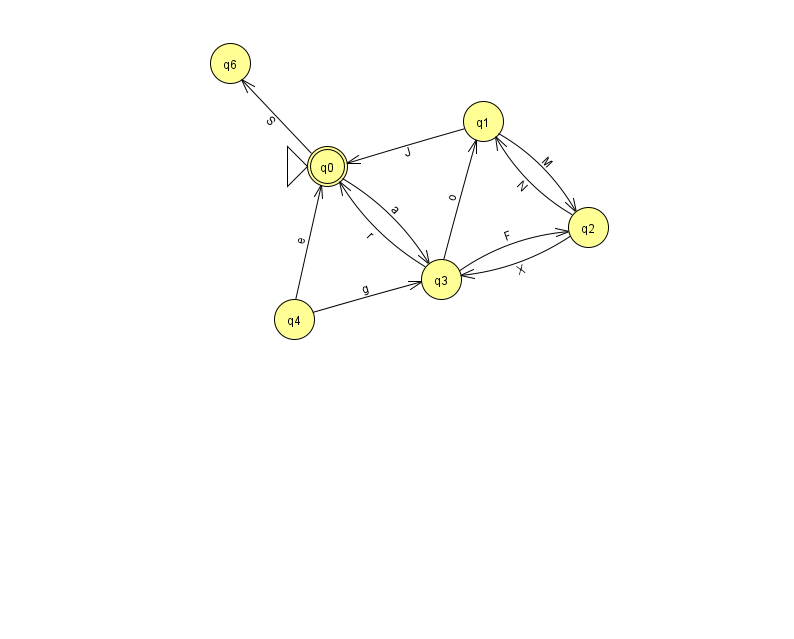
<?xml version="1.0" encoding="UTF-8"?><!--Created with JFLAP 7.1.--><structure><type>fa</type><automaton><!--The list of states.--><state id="0" name="q0"><x>327.0</x><y>153.0</y><initial/><final/></state><state id="1" name="q1"><x>483.0</x><y>108.0</y></state><state id="2" name="q2"><x>588.0</x><y>214.0</y></state><state id="3" name="q3"><x>441.0</x><y>266.0</y></state><state id="4" name="q4"><x>294.0</x><y>306.0</y></state><state id="6" name="q6"><x>230.0</x><y>50.0</y></state><!--The list of transitions.--><transition><from>3</from><to>2</to><read>F</read></transition><transition><from>3</from><to>1</to><read>o</read></transition><transition><from>4</from><to>3</to><read>g</read></transition><transition><from>2</from><to>1</to><read>N</read></transition><transition><from>1</from><to>2</to><read>M</read></transition><transition><from>0</from><to>3</to><read>a</read></transition><transition><from>0</from><to>6</to><read>S</read></transition><transition><from>3</from><to>0</to><read>r</read></transition><transition><from>2</from><to>3</to><read>X</read></transition><transition><from>4</from><to>0</to><read>e</read></transition><transition><from>1</from><to>0</to><read>J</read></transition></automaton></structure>